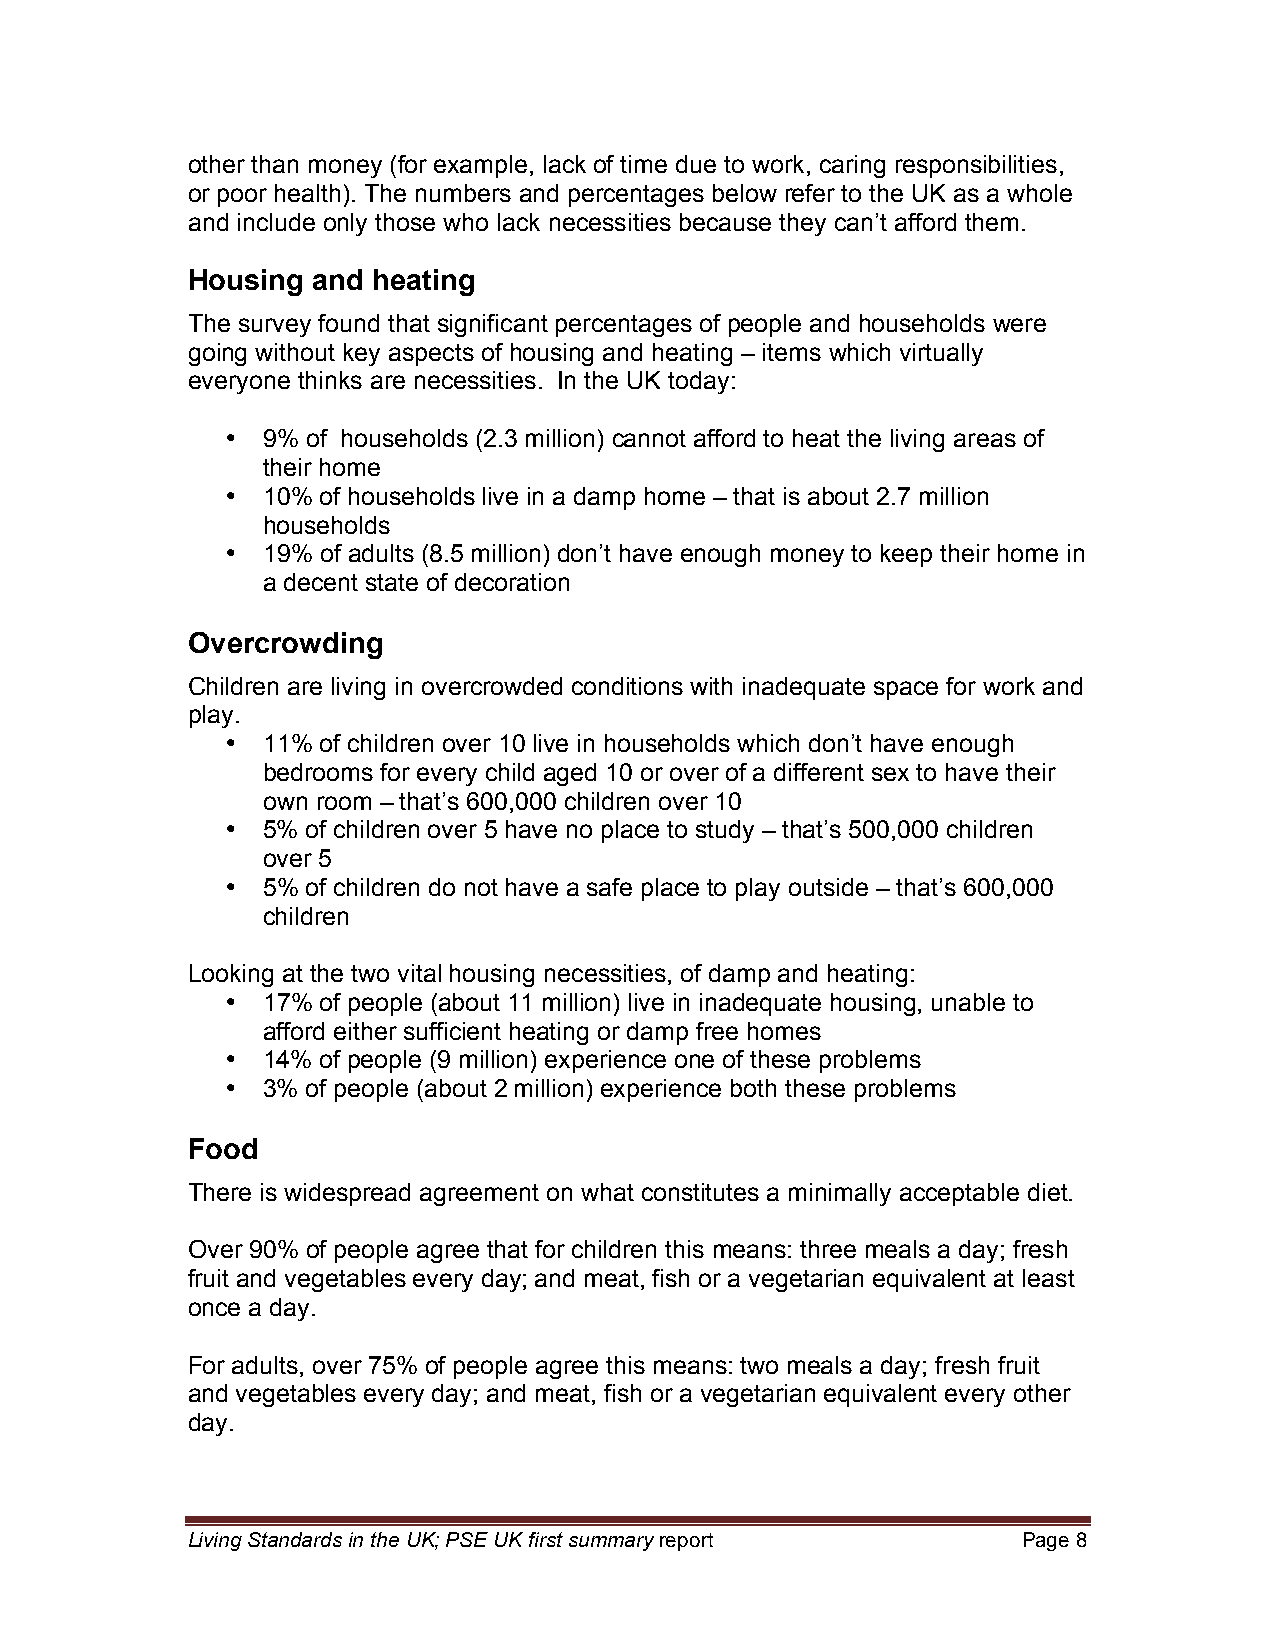
other than money (for example, lack of time due to work, caring responsibilities,
 or poor health). The numbers and percentages below refer to the UK as a whole
 and include only those who lack necessities because they can’t afford them.
 Housing  and heating
 The survey found that significant percentages of people and households were
 going without key aspects of housing and heating – items which virtually
 everyone thinks are necessities. In the UK today:
 • 9% of households (2.3 million) cannot afford to heat the living areas of
 their home
 • 10% of households live in a damp home – that is about 2.7 million
 households
 • 19% of adults (8.5 million) don’t have enough money to keep their home in
 a decent state of decoration
 Overcrowding
 Children are living in overcrowded conditions with inadequate space for work and
 play.
 • 11% of children over 10 live in households which don’t have enough
 bedrooms for every child aged 10 or over of a different sex to have their
 own room – that’s 600,000 children over 10
 • 5% of children over 5 have no place to study – that’s 500,000 children
 over 5
 • 5% of children do not have a safe place to play outside – that’s 600,000
 children
 Looking at the two vital housing necessities, of damp and heating:
 • 17% of people (about 11 million) live in inadequate housing, unable to
 afford either sufficient heating or damp free homes
 • 14% of people (9 million) experience one of these problems
 • 3% of people (about 2 million) experience both these problems
 Food
 There is widespread agreement on what constitutes a minimally acceptable diet.
 Over 90% of people agree that for children this means: three meals a day; fresh
 fruit and vegetables every day; and meat, fish or a vegetarian equivalent at least
 once a day.
 For adults, over 75% of people agree this means: two meals a day; fresh fruit
 and vegetables every day; and meat, fish or a vegetarian equivalent every other
 day.
 Living Standards in the UK; PSE UK first summary report Page 8